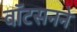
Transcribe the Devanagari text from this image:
वॉटसनने